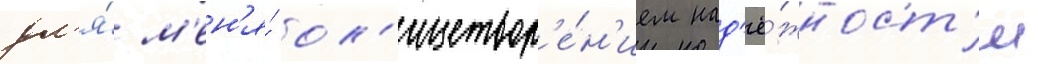
дл'я́ м'ен'я́ ол'ицетвор'е́н'ием над'ё́жност'и